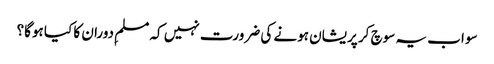
سو اب یہ سوچ کر پریشان ہونے کی ضرورت نہیں کہ مسلمِ دوران کا کیا ہوگا؟